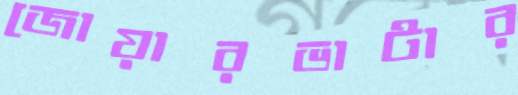
জোয়ারভাটার